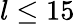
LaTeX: l\leq 15